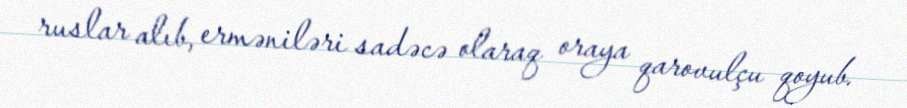
ruslar alıb, erməniləri sadəcə olaraq oraya qarovulçu qoyub.